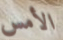
الأمس